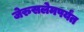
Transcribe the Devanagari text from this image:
जेरुसलेमपर्यंत